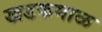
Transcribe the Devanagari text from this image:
खडकमाळ